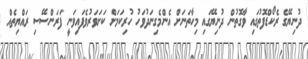
ދުނިޔޭގެ ރެކޯޑްފޮތުގައި ވާގޮތުން ދުނިޔޭގައި މިހާތަނަށް އެންމެގިނަދުވަހު ހުރިކަމަށް ކަށަވަރުވެފައިވަނީ ފަރަންސޭސި ރައްޔިތެއް